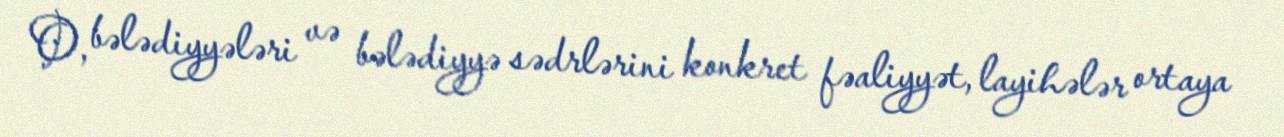
O, bələdiyyələri və bələdiyyə sədrlərini konkret fəaliyyət, layihələr ortaya